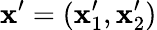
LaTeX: \boldsymbol{\mathbf{x}}^{\prime}=(\mathbf{x}_{1}^{\prime},\mathbf{x}_{2}^{\prime})